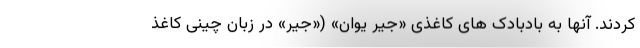
کردند. آنها به بادبادک های کاغذی «جیر یوان» («جیر» در زبان چینی کاغذ